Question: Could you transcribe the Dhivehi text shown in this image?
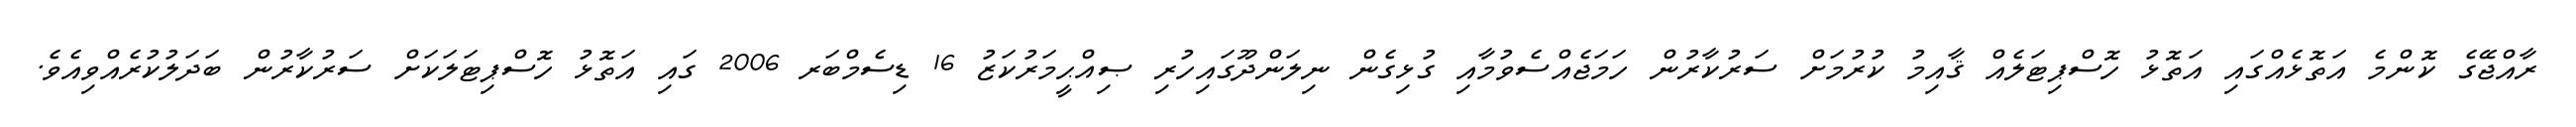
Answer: ރާއްޖޭގެ ކޮންމެ އަތޮޅެއްގައި އަތޮޅު ހޮސްޕިޓަލެއް ޤާއިމު ކުރުމަށް ސަރުކާރުން ހަމަޖެއްސެވުމާއި ގުޅިގެން ނިލަންދޫގައިހުރި ޞިއްޙީމަރުކަޒު 16 ޑިސެމްބަރ 2006 ގައި އަތޮޅު ހޮސްޕިޓަލަކަށް ސަރުކާރުން ބަދަލުކުރެއްވިއެވެ.